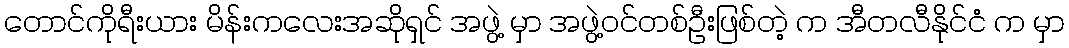
တောင်ကိုရီးယား မိန်းကလေးအဆိုရှင် အဖွဲ့ မှာ အဖွဲ့ဝင်တစ်ဦးဖြစ်တဲ့ က အီတလီနိုင်ငံ က မှာ